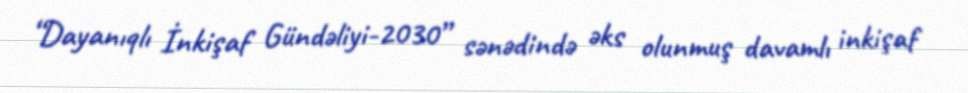
“Dayanıqlı İnkişaf Gündəliyi-2030” sənədində əks olunmuş davamlı inkişaf